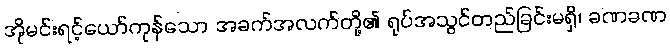
အိုမင်းရင့်ယော်ကုန်သော အခက်အလက်တို့၏ ရုပ်အသွင်တည်ခြင်းမရှိ၊ ခဏခဏ